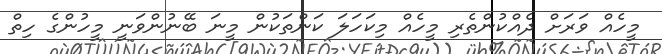
މީހެއް ވަރަށް ދެއްކުންތެރި މީހެއް މިކަހަލަ ކަންތަކުން މީނަ ބޭނުންވަނީ މީހުންގެ ހިތް